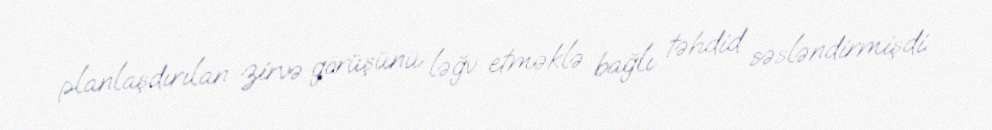
planlaşdırılan zirvə görüşünü ləğv etməklə bağlı təhdid səsləndirmişdi.